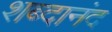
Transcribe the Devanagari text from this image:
शब्दानंद